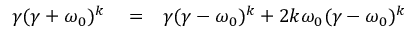
\begin{array} { r l r } { \gamma ( \gamma + \omega _ { 0 } ) ^ { k } } & { { } = } & { \gamma ( \gamma - \omega _ { 0 } ) ^ { k } + 2 k \omega _ { 0 } ( \gamma - \omega _ { 0 } ) ^ { k } } \end{array}